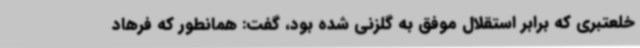
خلعتبری که برابر استقلال موفق به گلزنی شده بود، گفت: همانطور که فرهاد